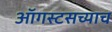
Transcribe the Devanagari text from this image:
ऑगस्टसच्याच